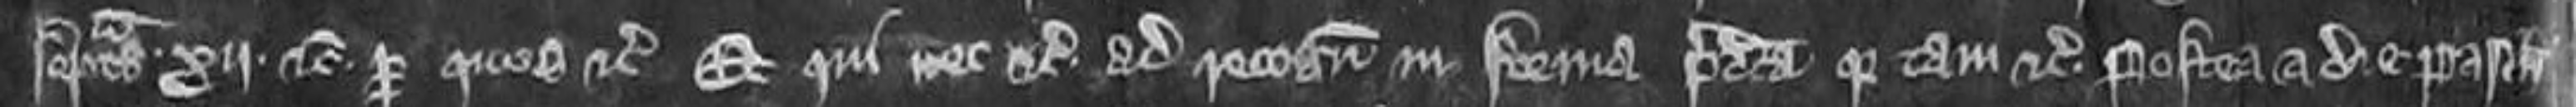
septimanas. Xij. etc. per quos etc et qui nec etc ad recognoscendum in forma predicta Quia tam etc. Postea a die Pasche